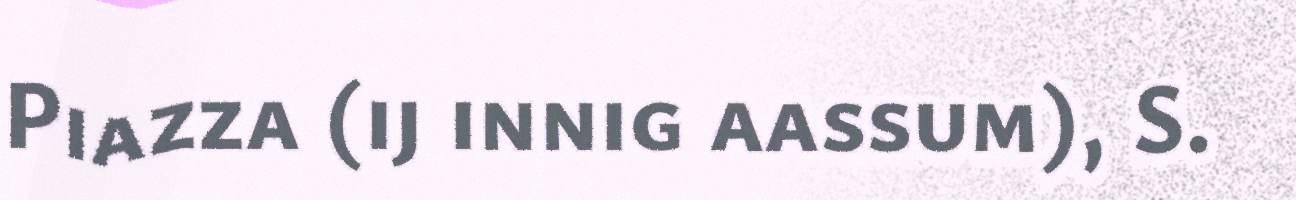
Piazza (ij innig aassum), S.